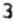
3